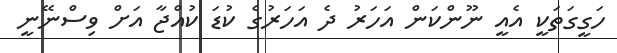
ހަގީގަތަކީ އެއީ ނޫންކަން އަހަރު ދެ އަހަރުގެ ކުޑަ ކުއްޖާ އަށް ވިސްނޭނީ